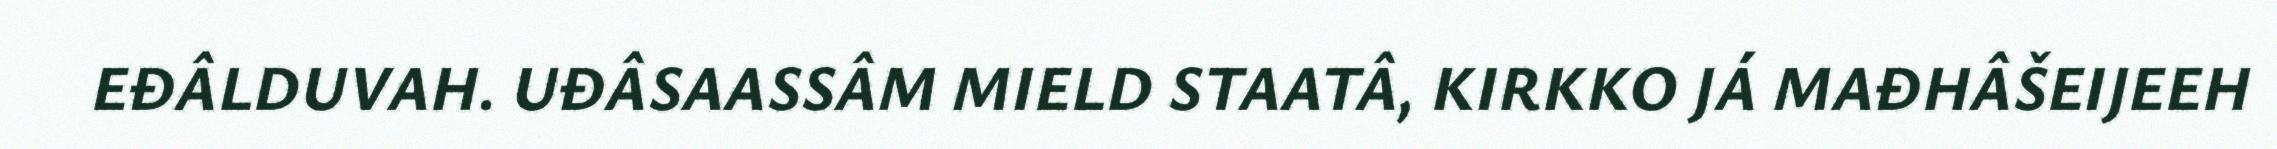
EĐÂLDUVAH. UĐÂSAASSÂM MIELD STAATÂ, KIRKKO JÁ MAĐHÂŠEIJEEH